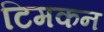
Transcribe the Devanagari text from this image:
टिमकन